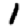
Digit: 1